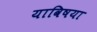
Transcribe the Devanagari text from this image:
याविषया